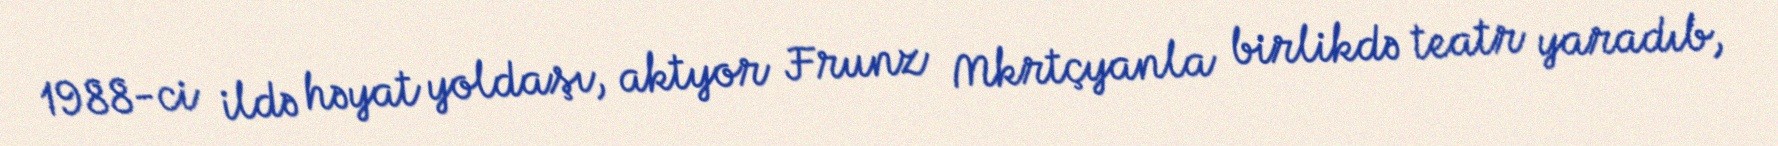
1988-ci ildə həyat yoldaşı, aktyor Frunz Mkrtçyanla birlikdə teatr yaradıb,